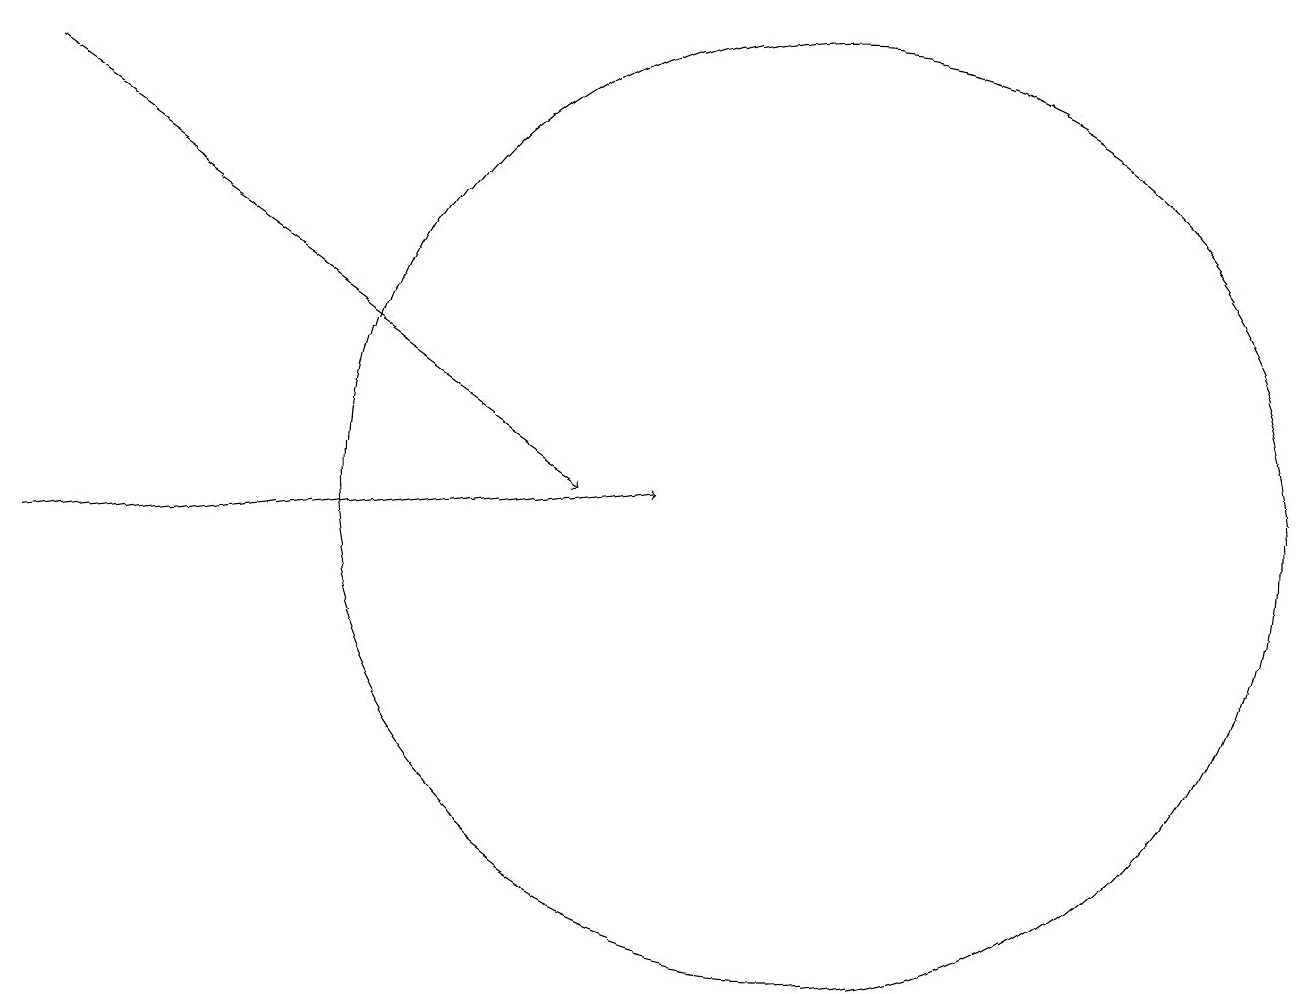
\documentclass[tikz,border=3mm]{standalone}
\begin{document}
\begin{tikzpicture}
\draw (11,12) circle (6);
\draw[->] (1,17) -- (8,12);
\draw[->] (1,11) -- (9,12);
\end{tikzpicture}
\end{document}